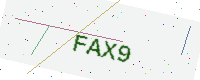
Text: FAX9